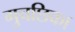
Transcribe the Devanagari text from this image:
गुचछिका